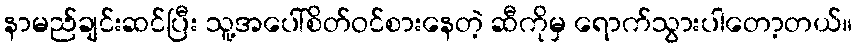
နာမည်ချင်းဆင်ပြီး သူ့အပေါ်စိတ်ဝင်စားနေတဲ့ ဆီကိုမှ ရောက်သွားပါတော့တယ်။